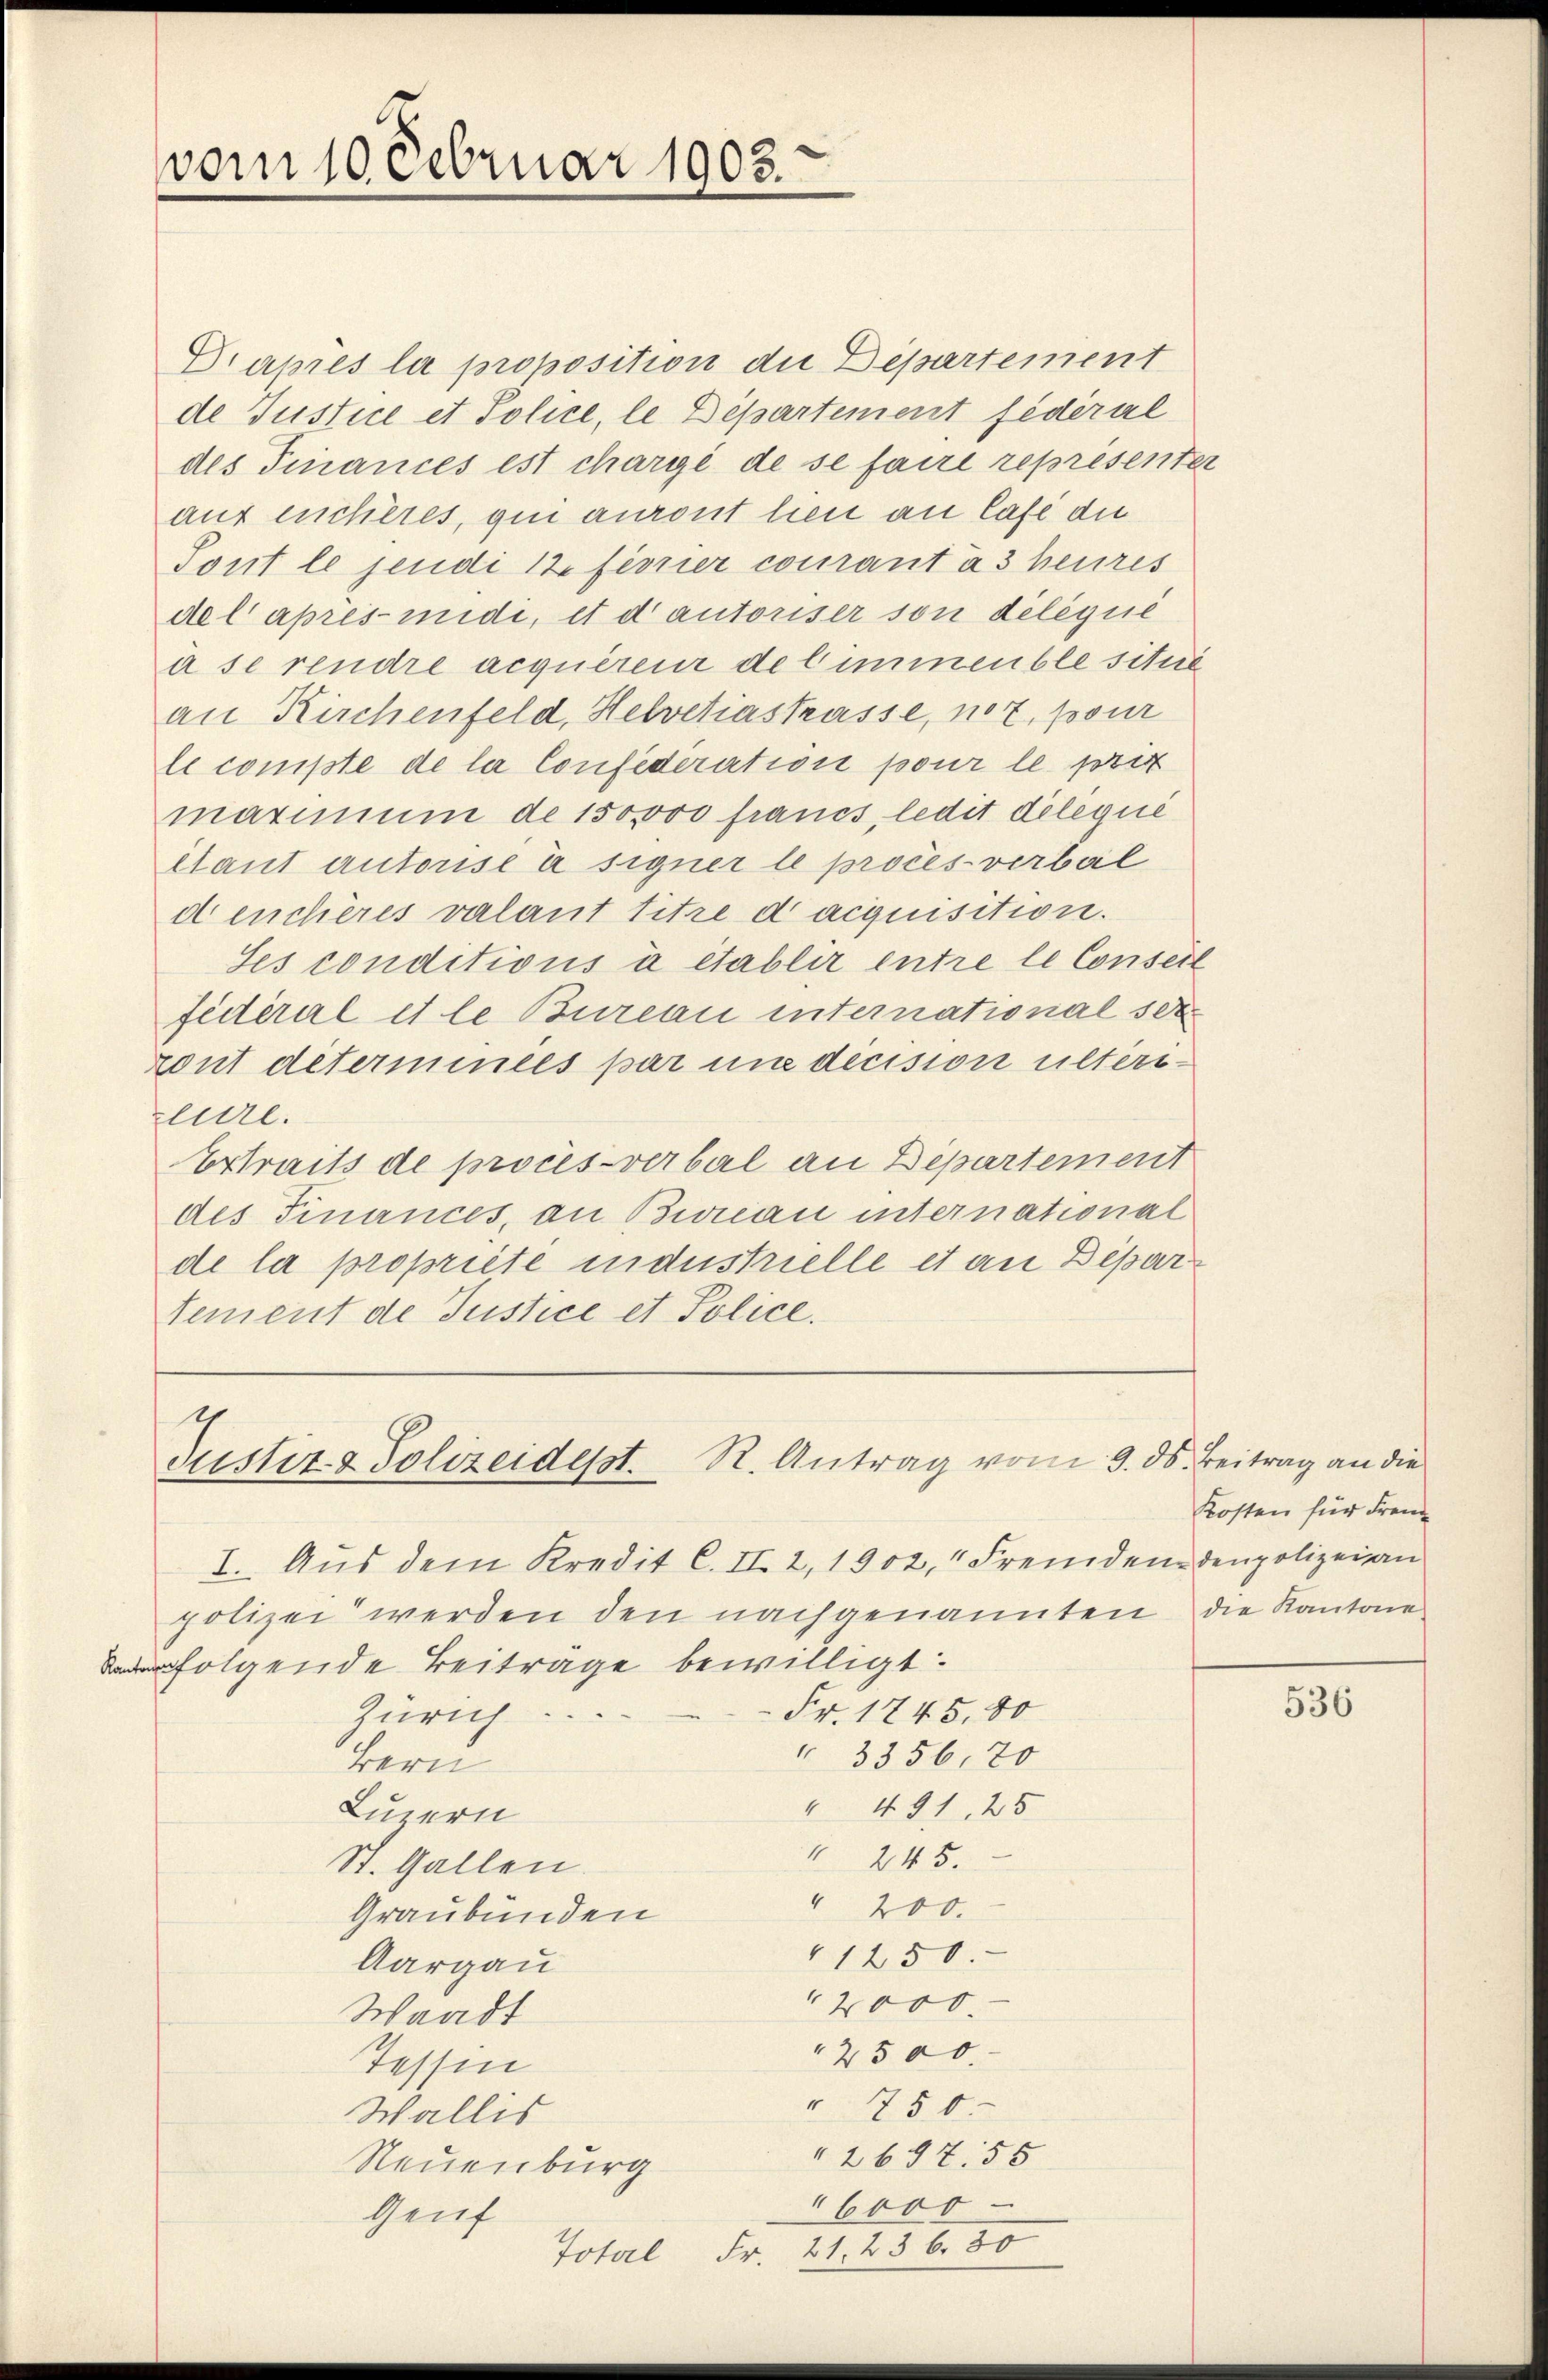
vom 10 Februar 1903.

Grapies la proposition die Departement
de Justice et Police, le Departement fédéral
des Finances est chargé de se faire représenter
auf michères, qui auront hien an Café du
Tont le jendi 12 ferner comant à 3 heures
del après undi, et d’autoriser son délégué
à se rendre acquéreur de limmeuble situé
an Kirchenfeld, Helvetiastrasse, not, pour
le compte de la Confederation pour le pris
maximum de 150000 francs, ledit deleque
ltant autorisé à signer le procès-verbal
d enchères valant titre d acquisition.
Ses conditions à établir entre le Conseil
fédéral et le Bureau international se
ront déterminées par une decision ulterszeire.
Ertraits de procès-verbal an Departement
des Finances, an Brieau international
de la propriete industrielle et an Depar
tement de Justice et Police.

g
Justiz- & Polizeidesst. R. Antrag vom 9. ds. Beitrag an die

I. Aus dem Kredit C. II. 2, 1902, Fremden den polizeian
polizei werden den nachgenannten die Kantone
folgende Beitrage bewilligt.
Zürich
Fr. 1745, 80
" 3356,70
Bern
" 491, 25
Luzern
 245.
St. Gallen.
4
200.
Graubünden
1250.
Aargau
2000.
Waadt
2500.
Tessin
" 750
Wallis
2697. 55
Neuenburg
" 6000
Genf
Fr. 21. 236. 30
Total

Kosten für Frem

536